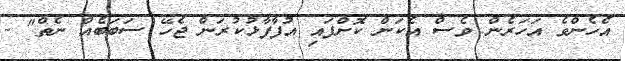
އެހެންވެ އަހަރެން ވެސް އެކަން ކޮށްފައި އުފާފާޅުކުރަން ޖެހޭ ސަބަބެއް ނެތް" -